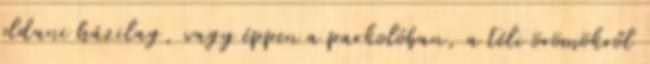
oldani házilag, vagy éppen a parkolóban, a téli örömökről